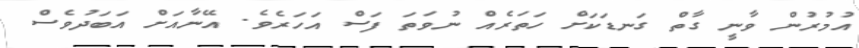
އުމުރުން ވާނީ ގާތް ގަނޑަކަށް ހަތަރެއް ނުވަތަ ފަސް އަހަރެވެ. އޭނާއަށް އަބަދުވެސް